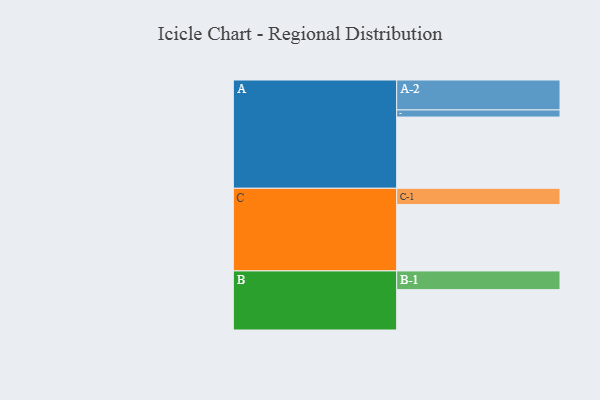
{"axis": {"x": "Segment", "y": "Value"}, "legend": ["", "A", "B", "C"], "data": [{"x": "A", "y": 533, "type": ""}, {"x": "B", "y": 302, "type": ""}, {"x": "C", "y": 496, "type": ""}, {"x": "A-1", "y": 53, "type": "A"}, {"x": "A-2", "y": 224, "type": "A"}, {"x": "B-1", "y": 140, "type": "B"}, {"x": "C-1", "y": 122, "type": "C"}]}